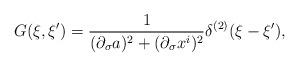
LaTeX: \begin{align*}G(\xi,\xi')={1\over (\partial_\sigma a)^2+(\partial_\sigma x^i)^2} \delta^{(2)}(\xi- \xi') ,\end{align*}